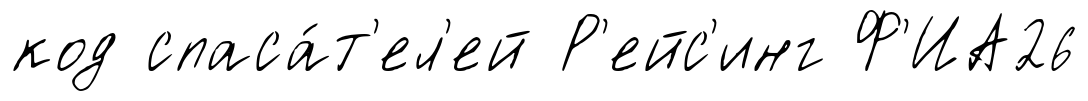
код спаса́т'ел'ей Р'ейс'инг Ф'ИА26